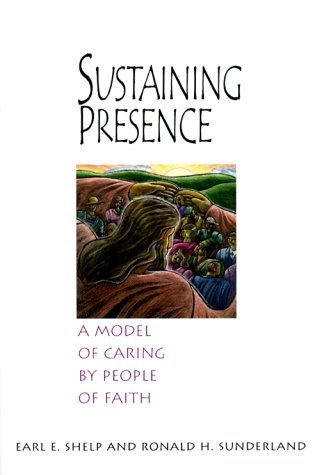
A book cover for Sustaining Presence: A Model of Caring by People of Faith; Earl E. Shelp; Christian Books & Bibles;